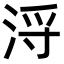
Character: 浖